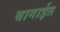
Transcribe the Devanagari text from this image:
बागाईत